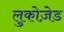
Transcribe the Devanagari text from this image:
लुकोज़ेड